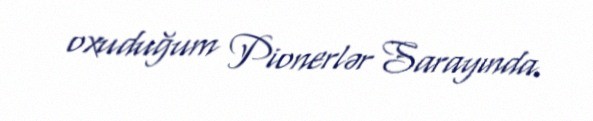
oxuduğum Pionerlər Sarayında.